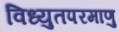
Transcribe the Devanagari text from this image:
विध्युतपरमाणु